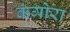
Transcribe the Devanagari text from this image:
कंगोरा